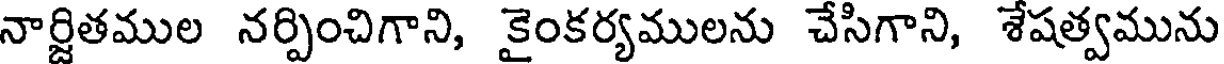
నార్జితముల నర్పించిగాని, కైంకర్యములను చేసిగాని, శేషత్వమును